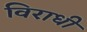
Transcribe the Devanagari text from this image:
विराधी